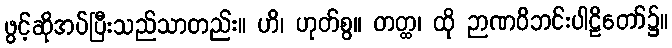
ဖွင့်ဆိုအပ်ပြီးသည်သာတည်း။ ဟိ၊ ဟုတ်စွ။ တတ္ထ၊ ထို ဉာဏဝိဘင်းပါဠိတော်၌။